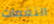
النغمات